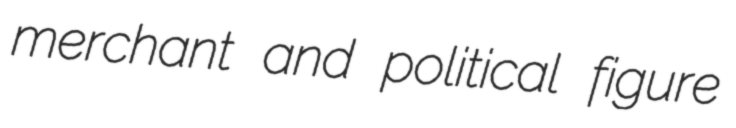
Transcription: merchant and political figure